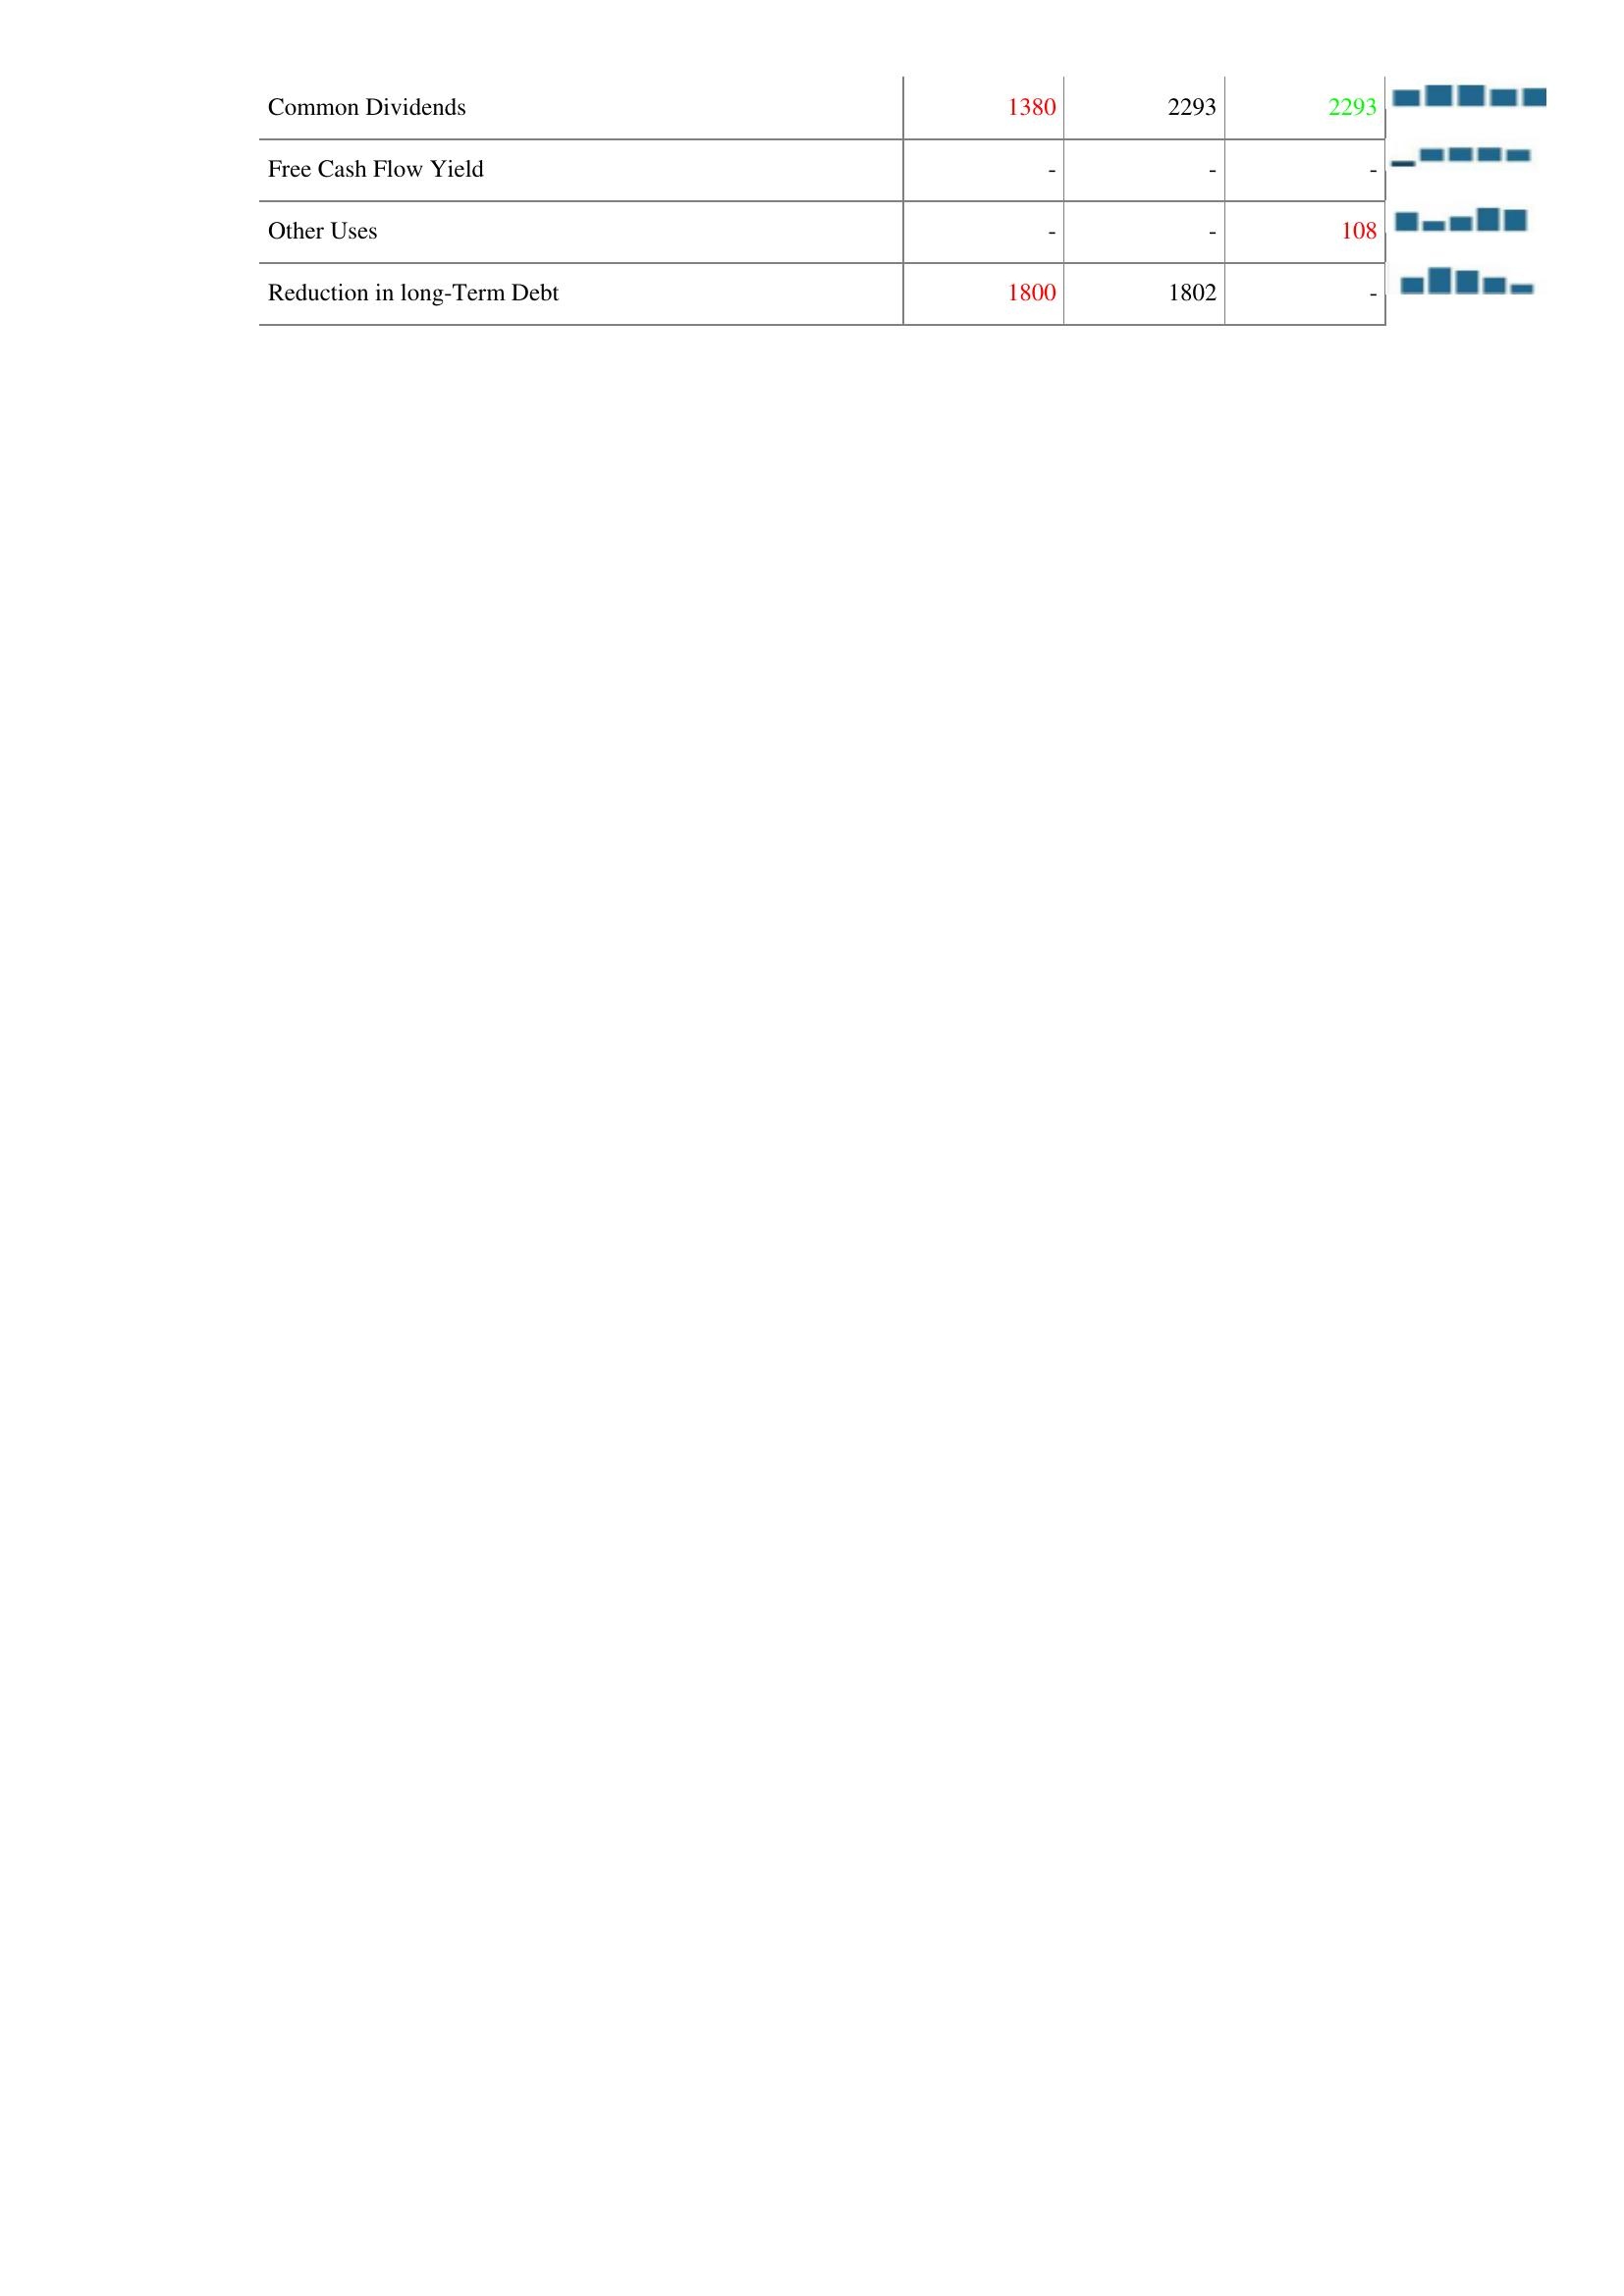
2022: Financing Activities: Common Dividends: 1380
Free Cash Flow Yield: -
Other Uses: -
Reduction in long-Term Debt: 1800
2023: Financing Activities: Common Dividends: 2293
Free Cash Flow Yield: -
Other Uses: -
Reduction in long-Term Debt: 1802
2024: Financing Activities: Common Dividends: 2293
Free Cash Flow Yield: -
Other Uses: 108
Reduction in long-Term Debt: -